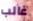
غالب